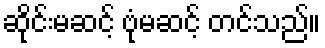
ဆိုင်းမဆင့် ဗုံမဆင့် တင်သည်။